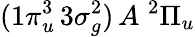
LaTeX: (1\pi_{u}^{3}\, 3\sigma_{g}^{2})\, A\; ^{2}\Pi_{u}